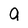
Character: a